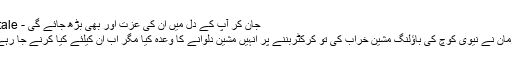
جان کر آپ کے دل میں ان کی عزت اور بھی بڑھ جائے گی - Crictale
فخر زمان نے نیوی کوچ کی باؤلنگ مشین خراب کی تو کرکٹربننے پر انہیں مشین دلوانے کا وعدہ کیا مگر اب ان کیلئے کیا کرنے جا رہے ہیں؟